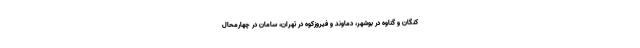
کنگان و گناوه در بوشهر، دماوند و فیروزکوه در تهران، سامان در چهارمحال